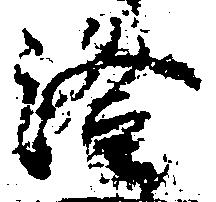
澄